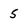
Character: 5